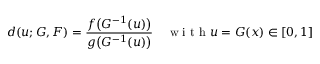
d ( u ; G , F ) = \frac { f \bigl ( G ^ { - 1 } ( u ) \bigl ) } { g \bigl ( G ^ { - 1 } ( u ) \bigl ) } \quad \mathrm { ~ w ~ i ~ t ~ h ~ } u = G ( x ) \in [ 0 , 1 ]